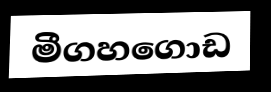
මීගහගොඩ